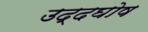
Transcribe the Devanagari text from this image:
उद्दघोष